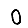
Digit: 0